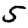
Digit: 5